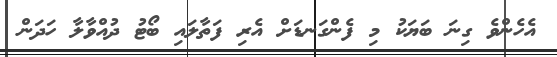
އެހެންވެ ގިނަ ބަޔަކު މި ފެންގަނޑަށް އެރި ފަތާލައި ބޯޓު ދުއްވާލާ ހަދަން